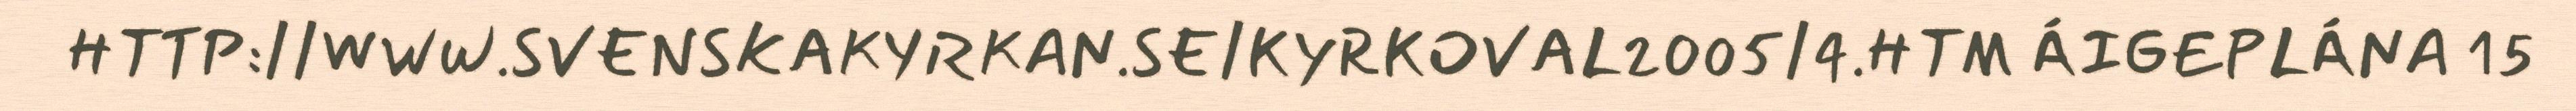
HTTP://WWW.SVENSKAKYRKAN.SE/KYRKOVAL2005/4.HTM ÁIGEPLÁNA 15